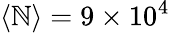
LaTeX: \langle\mathbb{N}\rangle=9\times10^{4}